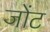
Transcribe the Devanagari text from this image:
जोंट